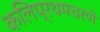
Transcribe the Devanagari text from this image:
कलिप्रथमचरणे